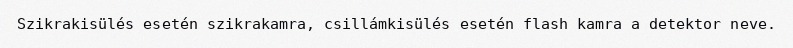
Szikrakisülés esetén szikrakamra, csillámkisülés esetén flash kamra a detektor neve.